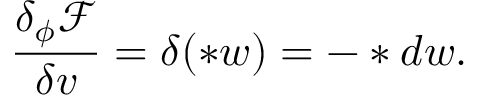
\frac { \delta _ { \phi } \mathcal { F } } { \delta v } = \delta ( \ast w ) = - \ast d w .